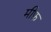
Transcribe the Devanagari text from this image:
मीफ़